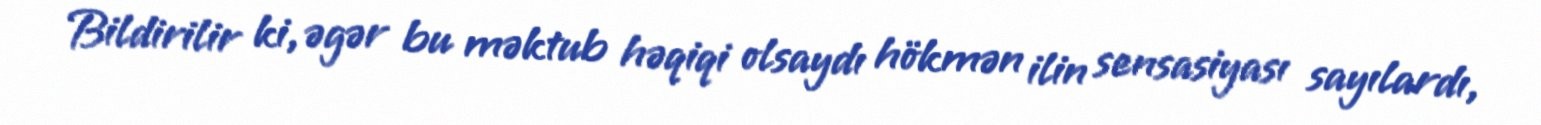
Bildirilir ki, əgər bu məktub həqiqi olsaydı hökmən ilin sensasiyası sayılardı,